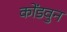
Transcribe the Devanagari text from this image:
कोंडवुन